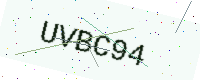
Text: UVBC94